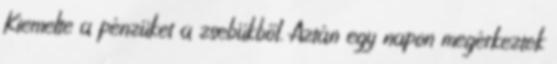
Kiemelte a pénzüket a zsebükből. Aztán egy napon megérkeztek